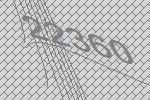
22360